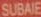
SUBAIE